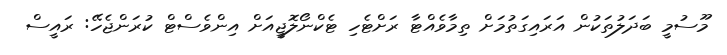
މޫސުމީ ބަދަލުތަކުން އަރައިގަތުމަށް ތިމާވެއްޓާ ރަށްޓެހި ޓެކްނޯލޮޖީއަށް އިންވެސްޓް ކުރަންޖެހޭ: ރައީސް